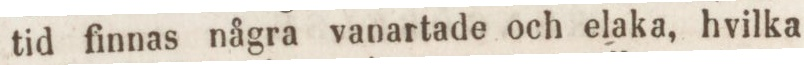
tid finnas några vanartade och elaka, hvilka